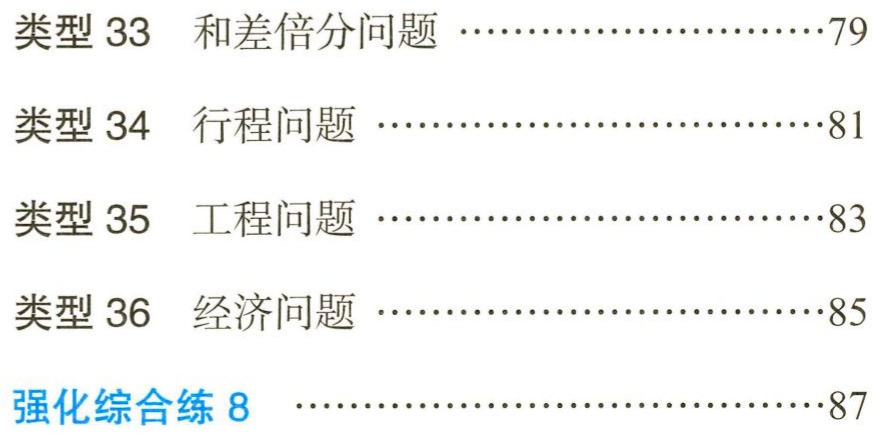
类型 33 和差倍分问题 ……79\\

类型 34 行程问题 ……81\\

类型 35 工程问题 ……83\\

类型 36 经济问题 ……85\\

强化综合练 8 ……87